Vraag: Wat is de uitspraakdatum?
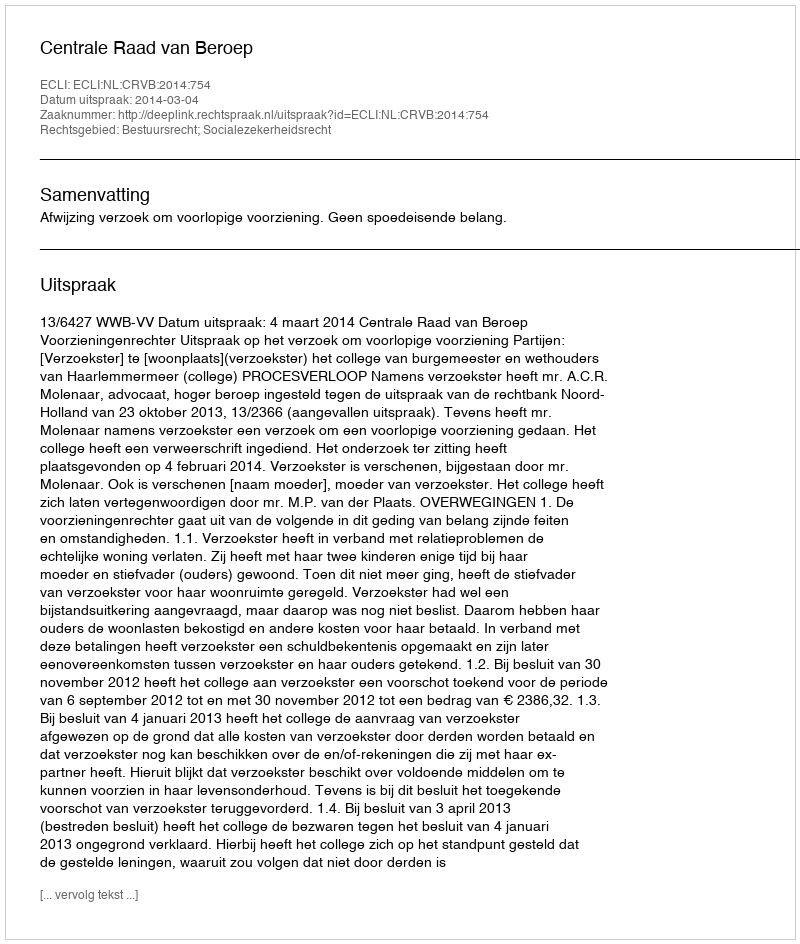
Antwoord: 2014-03-04